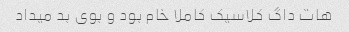
هات داگ کلاسیک کاملا خام بود و بوی بد میداد